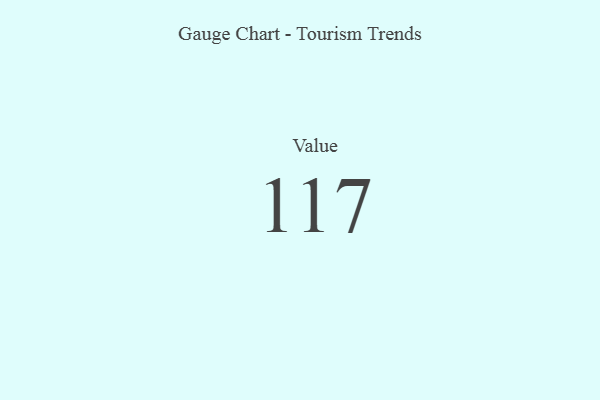
{"axis": {"x": "Metric", "y": "Value"}, "legend": [""], "data": [{"x": "Value", "y": 117, "type": ""}]}